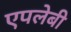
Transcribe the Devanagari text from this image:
एपलेबी